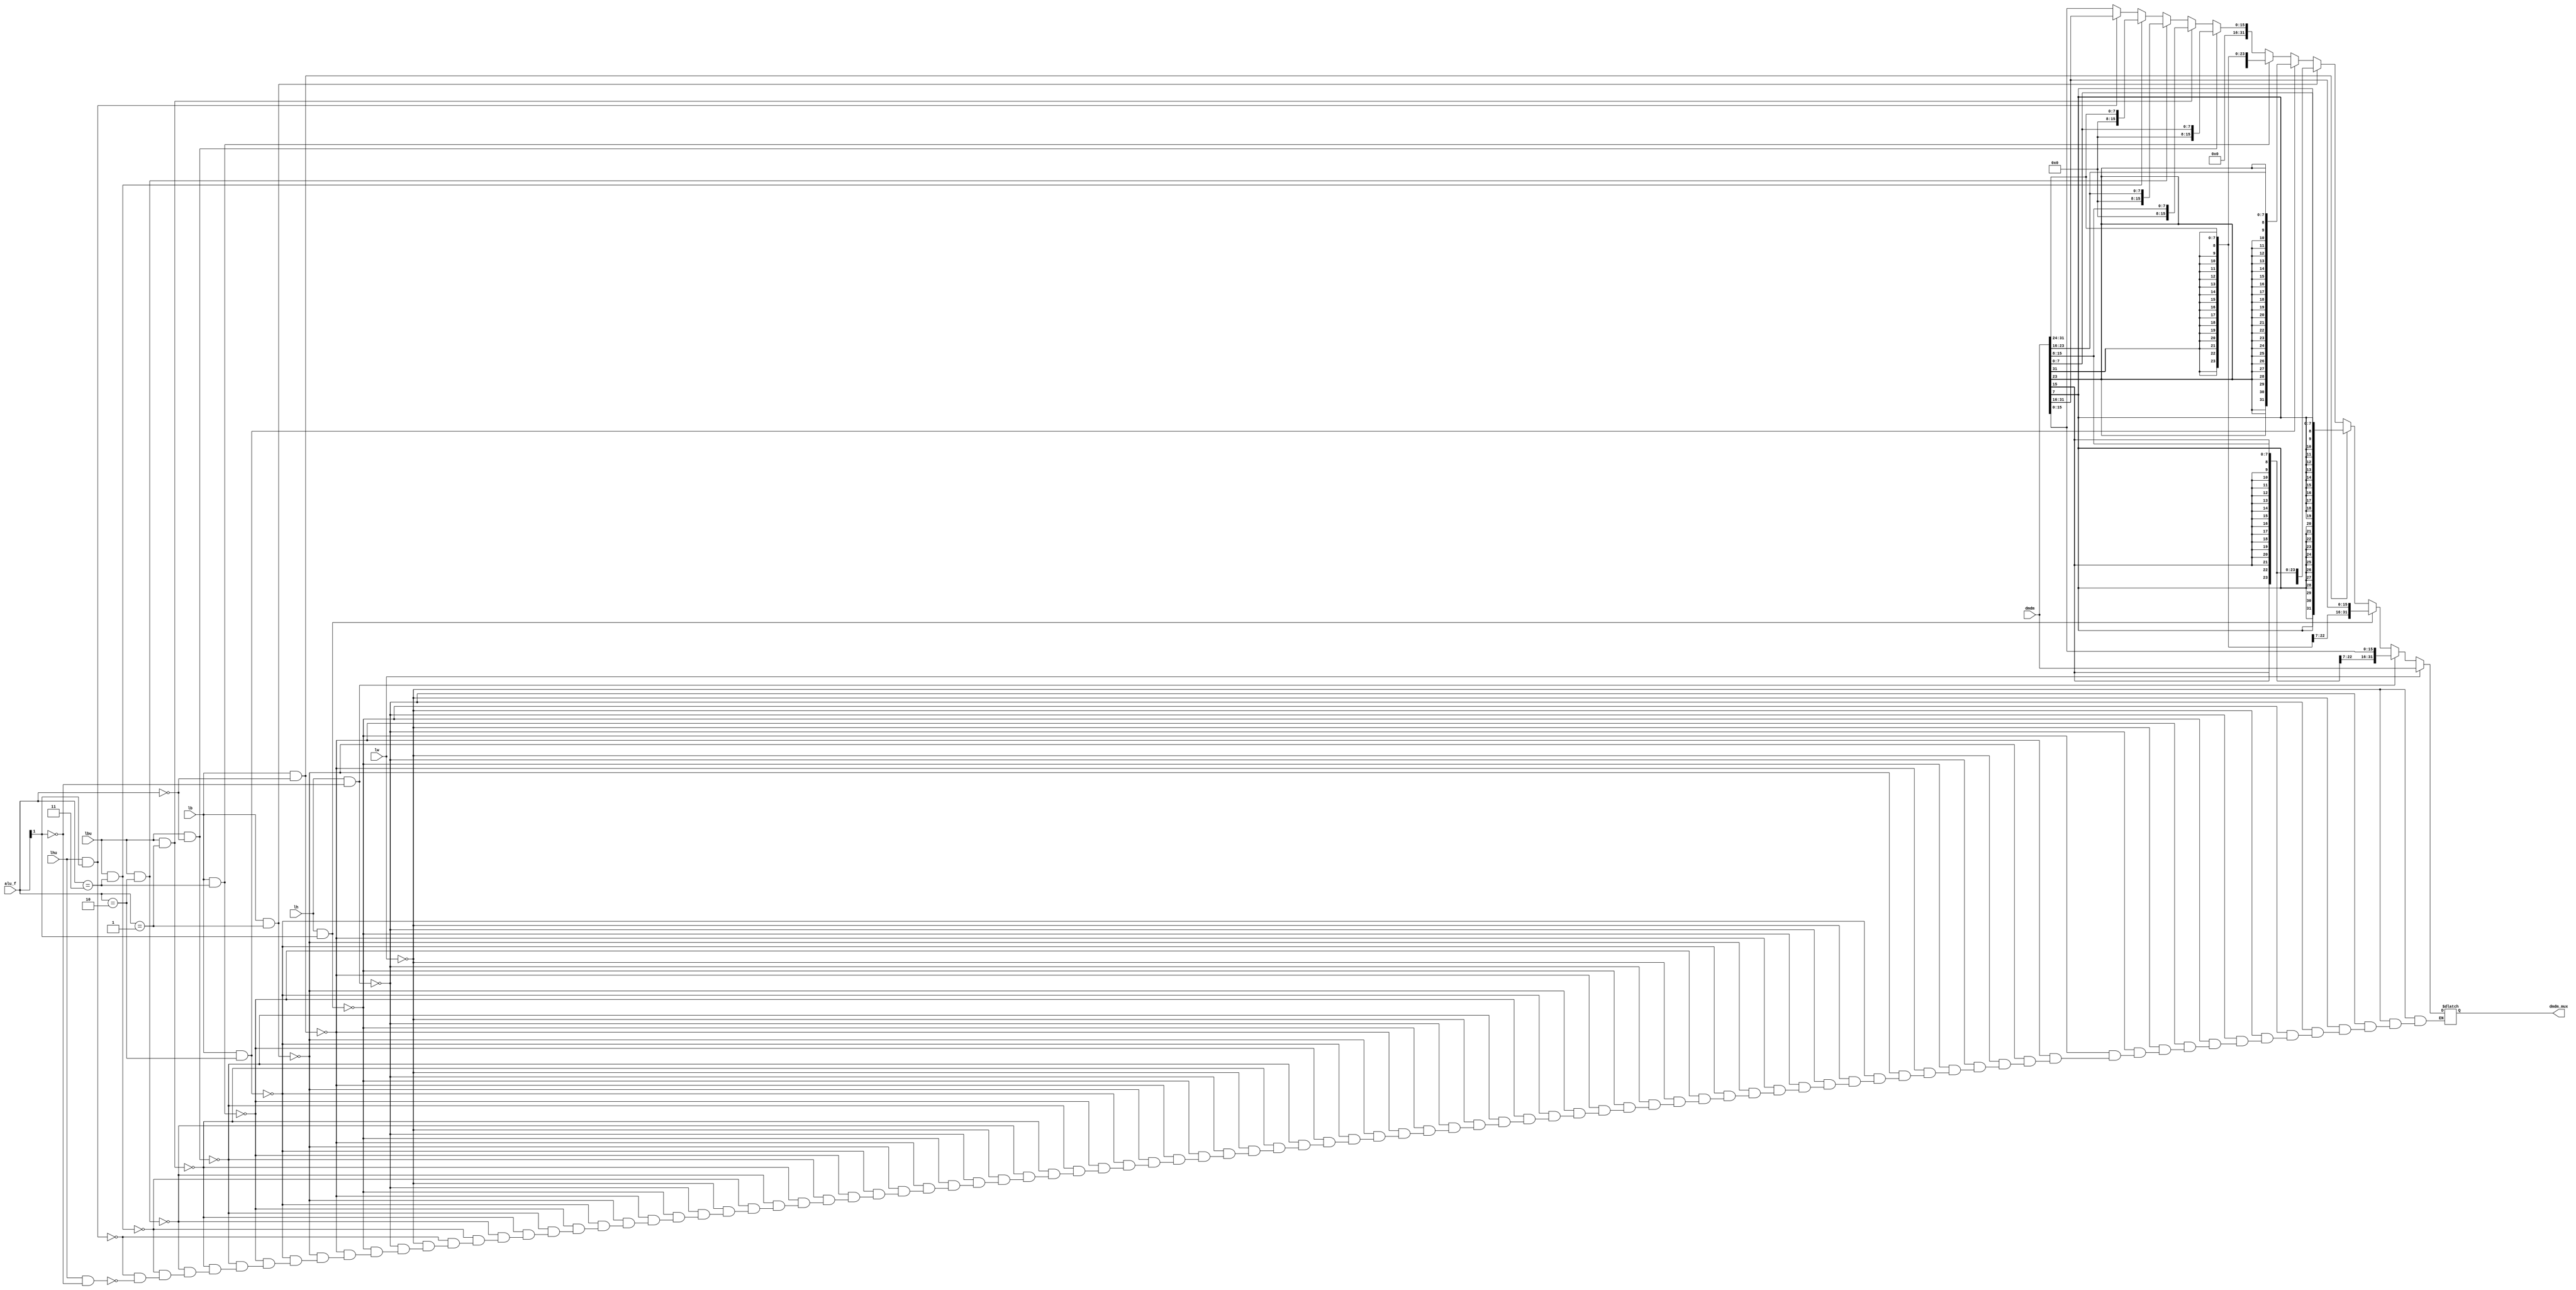
module home(
	 input [1:0] alu_f,
	 input [31:0] dmdm,
	 input lw,
	 input lh,
	 input lhu,
	 input lb,
	 input lbu,
	 output reg [31:0] dmdm_mux
    );
	 initial begin
			dmdm_mux = 0;
	 end
	 always @ * begin
			if(lw==1)begin
				dmdm_mux = dmdm;
			end
			else if(lh==1&&alu_f[1]==0)begin
				dmdm_mux = {{16{dmdm[15]}},dmdm[15:0]};
			end
			else if(lh==1&&alu_f[1]==1)begin
				dmdm_mux = {{16{dmdm[31]}},dmdm[31:16]};
			end
			else if(lb==1&&alu_f==2'b00)begin
				dmdm_mux = {{24{dmdm[7]}},dmdm[7:0]};
			end
			else if(lb==1&&alu_f==2'b01)begin
				dmdm_mux = {{24{dmdm[15]}},dmdm[15:8]};
			end
			else if(lb==1&&alu_f==2'b10)begin
				dmdm_mux = {{24{dmdm[23]}},dmdm[23:16]};
			end
			else if(lb==1&&alu_f==2'b11)begin
				dmdm_mux = {{24{dmdm[31]}},dmdm[31:24]};
			end
			else if(lbu==1&&alu_f==2'b00)begin
				dmdm_mux = {{24{0}},dmdm[7:0]};
			end
			else if(lbu==1&&alu_f==2'b01)begin
				dmdm_mux = {{24{0}},dmdm[15:8]};
			end
			else if(lbu==1&&alu_f==2'b10)begin
				dmdm_mux = {{24{0}},dmdm[23:16]};
			end
			else if(lbu==1&&alu_f==2'b11)begin
				dmdm_mux = {{24{0}},dmdm[31:24]};
			end
			else if(lhu==1&&alu_f[1]==1)begin
				dmdm_mux = {{16{0}},dmdm[31:16]};
			end
			else if(lhu==1&&alu_f[1]==0)begin
				dmdm_mux = {{16{0}},dmdm[15:0]};
			end
	 end


endmodule